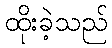
ထိုးခဲ့သည်